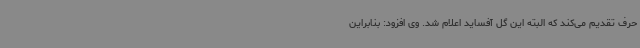
حرف تقدیم می‌کند که البته این گل آفساید اعلام شد. وی افزود: بنابراین